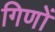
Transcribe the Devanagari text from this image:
गिणों